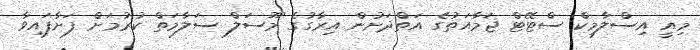
މިއީ އިސްލާމިކް ސްޓޭޓް ޖަމާއަތުގެ އަތްދަށުން އިރާގުގެ މޫސަލް ސަލާމަތް ކުރުމަށް ފަށާފައިވާ